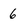
Character: 6